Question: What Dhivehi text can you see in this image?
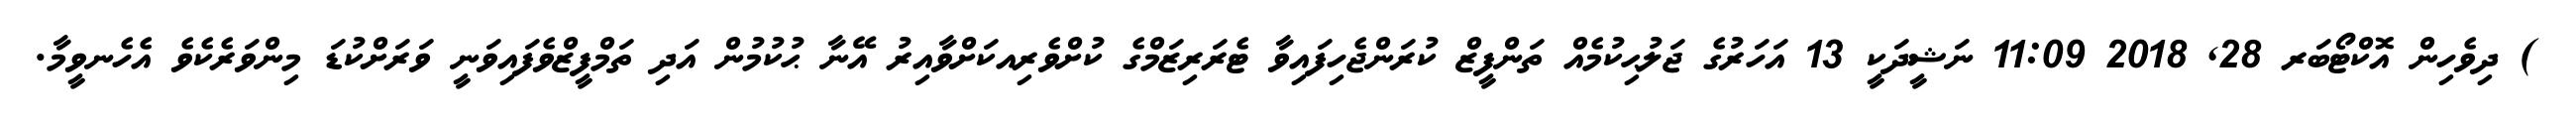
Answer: ) ދިވެހިން އޮކްޓޯބަރ 28, 2018 11:09 ނަޝީދަކީ 13 އަހަރުގެ ޖަލުޙިކުމެއް ތަންފީޒް ކުރަންޖެހިފައިވާ ޓެރަރިޒަމްގެ ކުށްވެރިއކަށްވާއިރު އޭނާ ޙުކުމުން އަދި ތަމްފީޒްވެފައިވަނީ ވަރަށްކުޑަ މިންވަރެކެވެ އެހެނވީމާ.